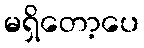
မရှိတော့ပေ